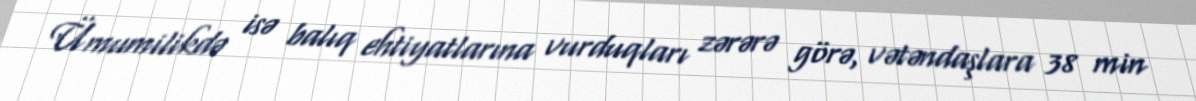
Ümumilikdə isə balıq ehtiyatlarına vurduqları zərərə görə, vətəndaşlara 38 min